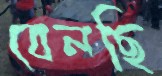
বেলছি